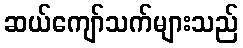
ဆယ်ကျော်သက်များသည်